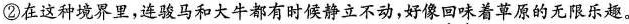
②在这种境界里，连骏马和大牛都有时候静立不动，好像回味着草原的无限乐趣。